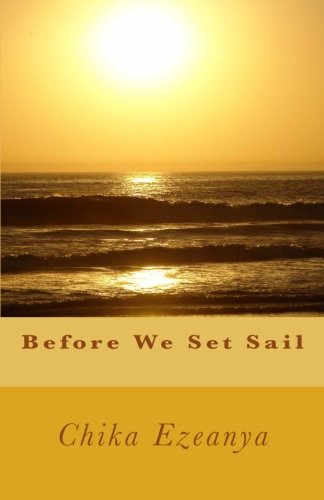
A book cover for Before We Set Sail; Chika Ezeanya; Literature & Fiction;